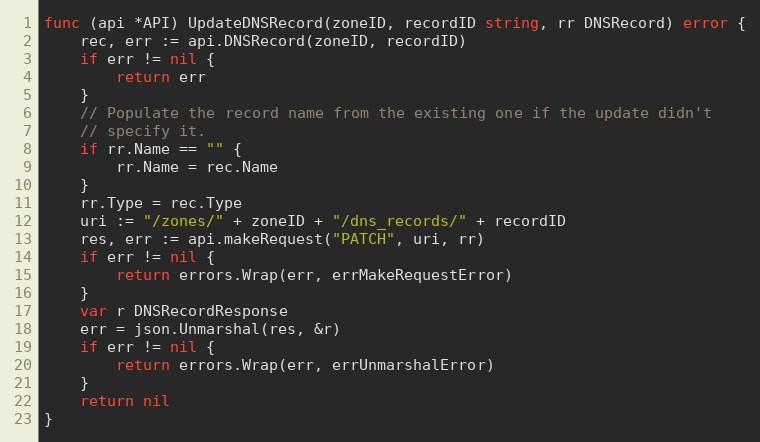
Language: Go
func (api *API) UpdateDNSRecord(zoneID, recordID string, rr DNSRecord) error {
	rec, err := api.DNSRecord(zoneID, recordID)
	if err != nil {
		return err
	}
	// Populate the record name from the existing one if the update didn't
	// specify it.
	if rr.Name == "" {
		rr.Name = rec.Name
	}
	rr.Type = rec.Type
	uri := "/zones/" + zoneID + "/dns_records/" + recordID
	res, err := api.makeRequest("PATCH", uri, rr)
	if err != nil {
		return errors.Wrap(err, errMakeRequestError)
	}
	var r DNSRecordResponse
	err = json.Unmarshal(res, &r)
	if err != nil {
		return errors.Wrap(err, errUnmarshalError)
	}
	return nil
}